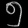
Digit: ၅